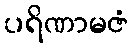
ပရိဏာမဇံ